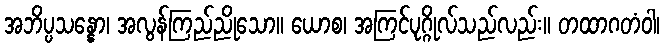
အဘိပ္ပသန္နော၊ အလွန်ကြည်ညိုသော။ ယောစ၊ အကြင်ပုဂ္ဂိုလ်သည်လည်း။ တထာဂတံဝါ၊